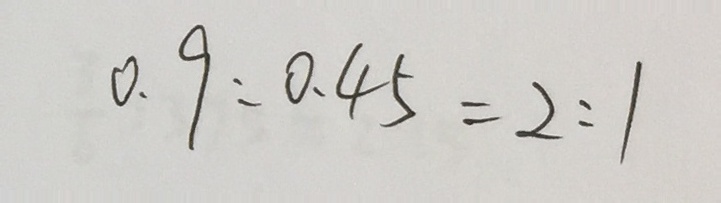
0 . 9 : 0 . 4 5 = 2 : 1